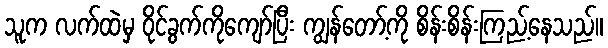
သူက လက်ထဲမှ ဝိုင်ခွက်ကိုကျော်ပြီး ကျွန်တော့်ကို စိန်းစိန်းကြည့်နေသည်။